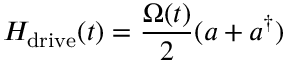
H _ { \mathrm { d r i v e } } ( t ) = \frac { \Omega ( t ) } { 2 } ( a + a ^ { \dagger } )